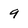
Character: 9